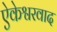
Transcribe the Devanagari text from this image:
ऐकेश्वरवाद